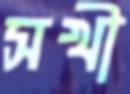
সখী